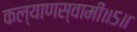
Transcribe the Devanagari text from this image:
कल्याणस्वामी॥५॥